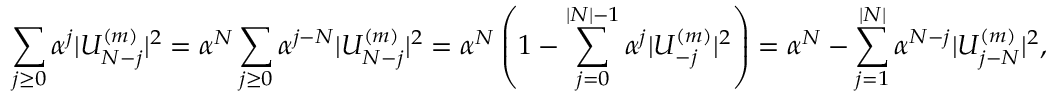
\sum _ { j \ge 0 } { \alpha ^ { j } | U _ { N - j } ^ { ( m ) } | ^ { 2 } } = \alpha ^ { N } \sum _ { j \ge 0 } { \alpha ^ { j - N } | U _ { N - j } ^ { ( m ) } | ^ { 2 } } = \alpha ^ { N } \left( 1 - \sum _ { j = 0 } ^ { | N | - 1 } { \alpha ^ { j } | U _ { - j } ^ { ( m ) } | ^ { 2 } } \right) = \alpha ^ { N } - \sum _ { j = 1 } ^ { | N | } { \alpha ^ { N - j } | U _ { j - N } ^ { ( m ) } | ^ { 2 } } ,